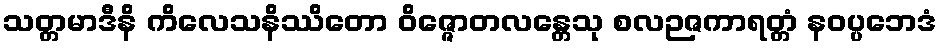
သတ္တမာဒီနိ ကိလေသနိဿိတော ဝိဇ္ဇောတလန္တေသု စလဉဇကာရတ္တံ နဝပ္ပဘေဒံ